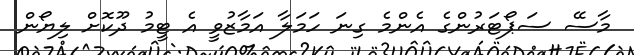
މާސޭ ސަޕޯޓަރުންގެ އެންމެ ގިނަ ހަމަލާ އަމާޒުވީ އެ ޓީމު ދޫކޮށް ލިޔޯން